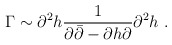
\begin{align*}\Gamma \sim \partial ^2 h\frac{1}{\partial \bar\partial -\partial h\partial }\partial ^2h\ .\end{align*}